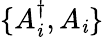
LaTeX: \{ A_{\mathit{i}}^{\dagger},A_{\mathit{i}}\}